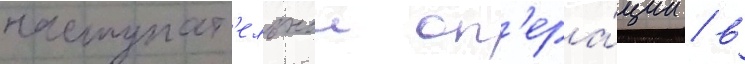
наступат'ельнои оп'ера́ции / в